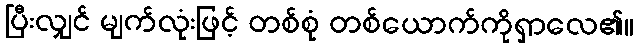
ပြီးလျှင် မျက်လုံးဖြင့် တစ်စုံ တစ်ယောက်ကိုရှာလေ၏။